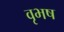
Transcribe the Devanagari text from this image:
वृभष